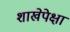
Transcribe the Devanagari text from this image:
शाखेपेक्षा